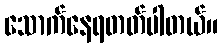
သောက်နေရတတ်ပါတယ်။